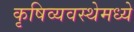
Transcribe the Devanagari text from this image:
कृषिव्यवस्थेमध्ये